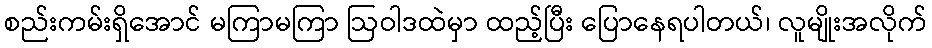
စည်းကမ်းရှိအောင် မကြာမကြာ ဩဝါဒထဲမှာ ထည့်ပြီး ပြောနေရပါတယ်၊ လူမျိုးအလိုက်